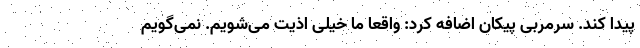
پیدا کند. سرمربی پیکان اضافه کرد: واقعا ما خیلی اذیت می‌شویم. نمی‌گویم